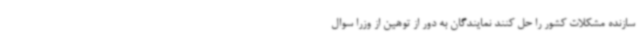
سازنده مشکلات کشور را حل کنند نمایندگان به دور از توهین از وزرا سوال